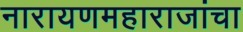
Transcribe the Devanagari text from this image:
नारायणमहाराजांचा